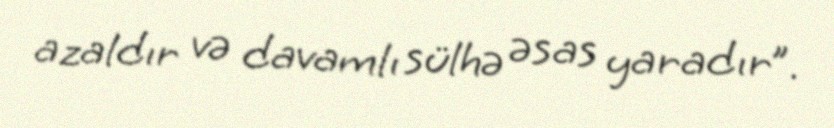
azaldır və davamlı sülhə əsas yaradır”.